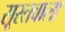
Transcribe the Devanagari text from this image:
सूरतवाला